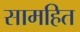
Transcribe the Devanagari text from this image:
सामहित